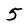
Character: 5